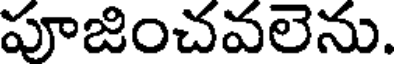
పూజించవలెను.